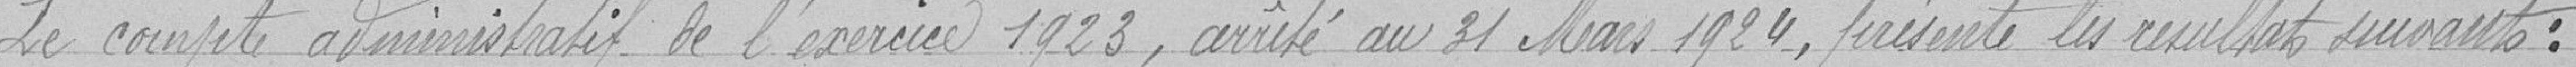
Le compte administratif de l'année 1923, arrêté au 31 Mars 1924, présente les résultats suivants :